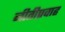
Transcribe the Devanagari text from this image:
नीतीप्रवाह